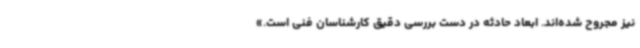
نیز مجروح شده‌اند. ابعاد حادثه در دست بررسی دقیق کارشناسان فنی است.»